Scientific memoirs by medical officers of the Army of India - Part X,
Year: 1897
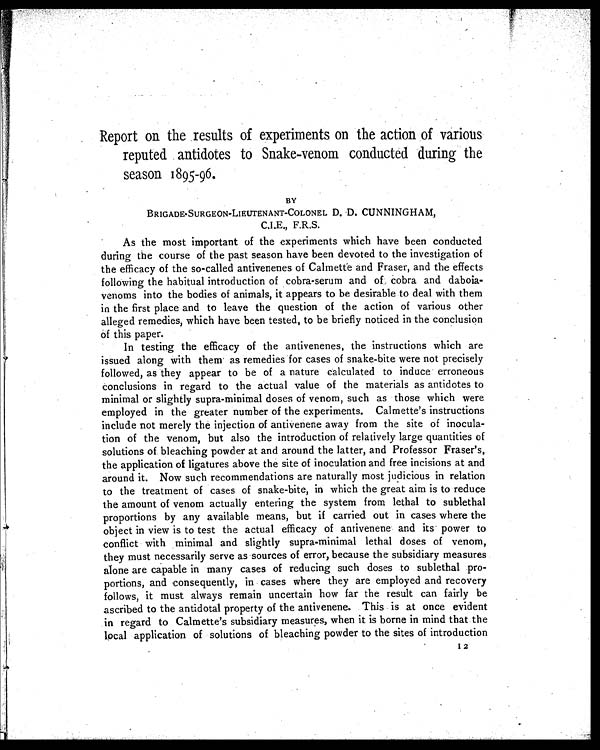
Report on the results of experiments on the action of various
reputed antidotes to Snake-venom conducted during the
season 1895-96.
BY
BRIGADE• SURGEON-LIEUTENANT-COLONEL D. D. CUNNINGHAM,
C.I.E., F.R.S.
As the most important of the experiments which have been conducted
during the course of the past season have been devoted to the investigation of
the efficacy of the so-called antivenenes of Calmette and Fraser, and the effects
following the habitual introduction of cobra-serum and of cobra and daboia-
venoms into the bodies of animals, it appears to be desirable to deal with them
in the first place and to leave the question of the action of various other
alleged remedies, which have been tested, to be briefly noticed in the conclusion
of this paper.
In testing the efficacy of the antivenenes, the instructions which are
issued along with them as remedies for cases of snake-bite were not precisely
followed, as they appear to be of a nature calculated to induce erroneous
conclusions in regard to the actual value of the materials as antidotes to
minimal or slightly supra-minimal doses of venom, such as those which were
employed in the greater number of the experiments. Calmette's instructions
include not merely the injection of antivenene away from the site of inocula-
tion of the venom, but also the introduction of relatively large quantities of
solutions of bleaching powder at and around the latter, and Professor Fraser's,
the application of ligatures above the site of inoculation and free incisions at and
around it. Now such recommendations are naturally most judicious in relation
to the treatment of cases of snake-bite, in which the great aim is to reduce
the amount of venom actually entering the system from lethal to sublethal
proportions by any available means, but if carried out in cases where the
object in view is to test the actual efficacy of antivenene and its power to
conflict with minimal and slightly supra-minimal lethal doses of venom,
they must necessarily serve as sources of error, because the subsidiary measures
alone are capable in many cases of reducing such doses to sublethal pro-
portions, and consequently, in cases where they are employed and recovery
follows, it must always remain uncertain how far the result can fairly be
ascribed to the antidotal property of the antivenene. This is at once evident
in regard to Calmette's subsidiary measures, when it is borne in mind that the
local application of solutions of bleaching powder to the sites of introduction